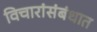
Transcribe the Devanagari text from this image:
विचारांसंबंधात